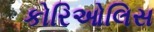
કોરિઓલિસ